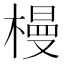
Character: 槾